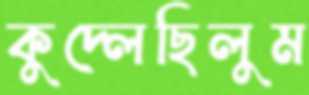
কুদ্‌লেছিলুম